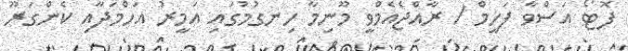
ފޮޓޯ އަސްވާ ފަހީމް / ރާއްޖެއެމްވީ މޫނިމާ ހިނގުމުގައި އަމީރު އަހްމަދާއި ކެންގަރޫ